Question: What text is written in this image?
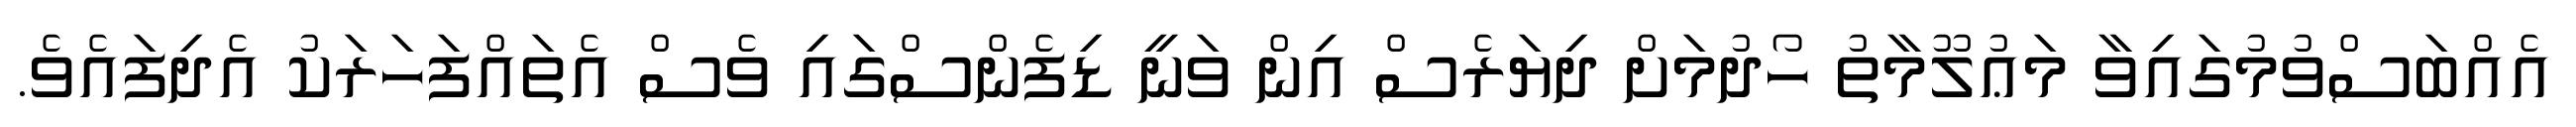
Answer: އެއްބަސްވުމުގައިވާ މަޢުލޫމާތު ހޯދުމަށް ދިޔަރެސް އިން ވަނީ ޑިފެންސްގައި ވެސް އެތައްފަހަރަކު އެދިފައެވެ.